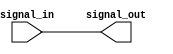
module TTL_buffer (
    input wire signal_in,  // Input signal
    output reg signal_out  // Output signal
);

assign signal_out = signal_in;

endmodule